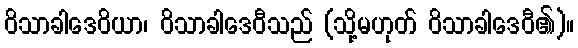
ဝိသာခါဒေဝိယာ၊ ဝိသာခါဒေဝီသည် (သို့မဟုတ် ဝိသာခါဒေဝီ၏)။